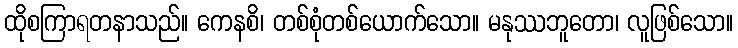
ထိုစကြာရတနာသည်။ ကေနစိ၊ တစ်စုံတစ်ယောက်သော။ မနုဿဘူတော၊ လူဖြစ်သော။